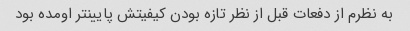
به نظرم از دفعات قبل از نظر تازه بودن کیفیتش پایینتر اومده بود